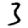
Digit: 3